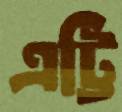
এট্টি